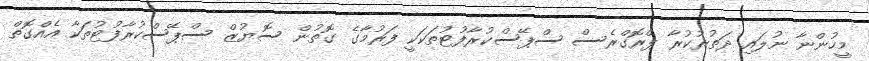
މީހުންނާ ނުލައި ދަތުރުކުރާ ޕްރޮގްރެސް ސްޕޭސްކުރާފުޓުތަކަކީ ފަރުމާގެ ގޮތުން ސޮޔުޒް ސްޕޭސްކުރާފުޓުތަކާ އެއްގޮތް